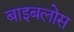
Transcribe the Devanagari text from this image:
बाइबलोस